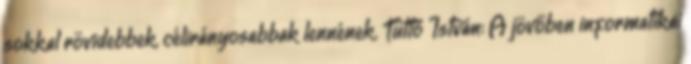
sokkal rövidebbek, célirányosabbak lennének. Tüttő István: A jövőben informatikai